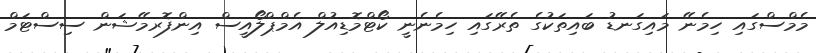
މެމްސްގައި ހިމެނޭ މައިގަނޑު ބައިތަކުގެ ތެރޭގައި ހިމެނެނީ ކޯޓްމޮޑިއުލް އެމްޕްލޯއީސް އިންފޮރމޭޝަން ސިސްޓަމް